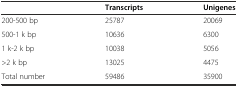
|  | Transcripts | Unigenes |
 | --- | --- | --- |
 | 200-500 bp | 25787 | 20069 |
 | 500-1 k bp | 10636 | 6300 |
 | 1 k-2 k bp | 10038 | 5056 |
 | >2 k bp | 13025 | 4475 |
 | Total number | 59486 | 35900 |